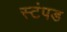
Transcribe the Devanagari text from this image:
स्टंपड